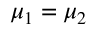
\mu _ { 1 } = \mu _ { 2 }